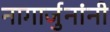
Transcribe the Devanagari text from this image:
नागार्जुनांनी